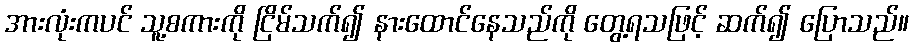
အားလုံးကပင် သူ့စကားကို ငြိမ်သက်၍ နားထောင်နေသည်ကို တွေ့ရသဖြင့် ဆက်၍ ပြောသည်။